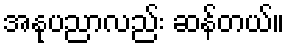
အနုပညာလည်း ဆန်တယ်။